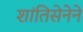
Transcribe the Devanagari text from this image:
शांतिसेनेने